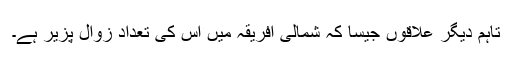
تاہم دیگر علاقوں جیسا کہ شمالی افریقہ میں اس کی تعداد زوال پزیر ہے۔